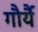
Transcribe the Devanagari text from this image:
गौर्यै